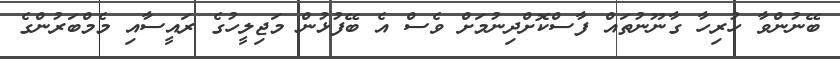
ބޭނުންވާ ހުރިހާ ގާނޫނުތައް ފާސްކޮށްދިނުމަށް ވެސް އެ ބޭފުޅުން މަޖިލީހުގެ ރައީސާއި މެމްބަރުންގެ